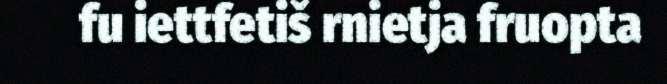
fu iettfetiš rnietja fruopta